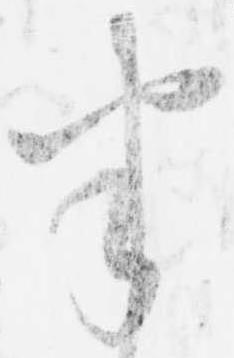
半